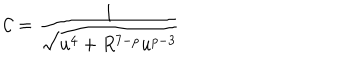
LaTeX: \mathcal { C } = \frac { 1 } { \sqrt { u ^ { 4 } + R ^ { 7 - p } u ^ { p - 3 } } }